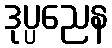
ဒုပ္ပညေန